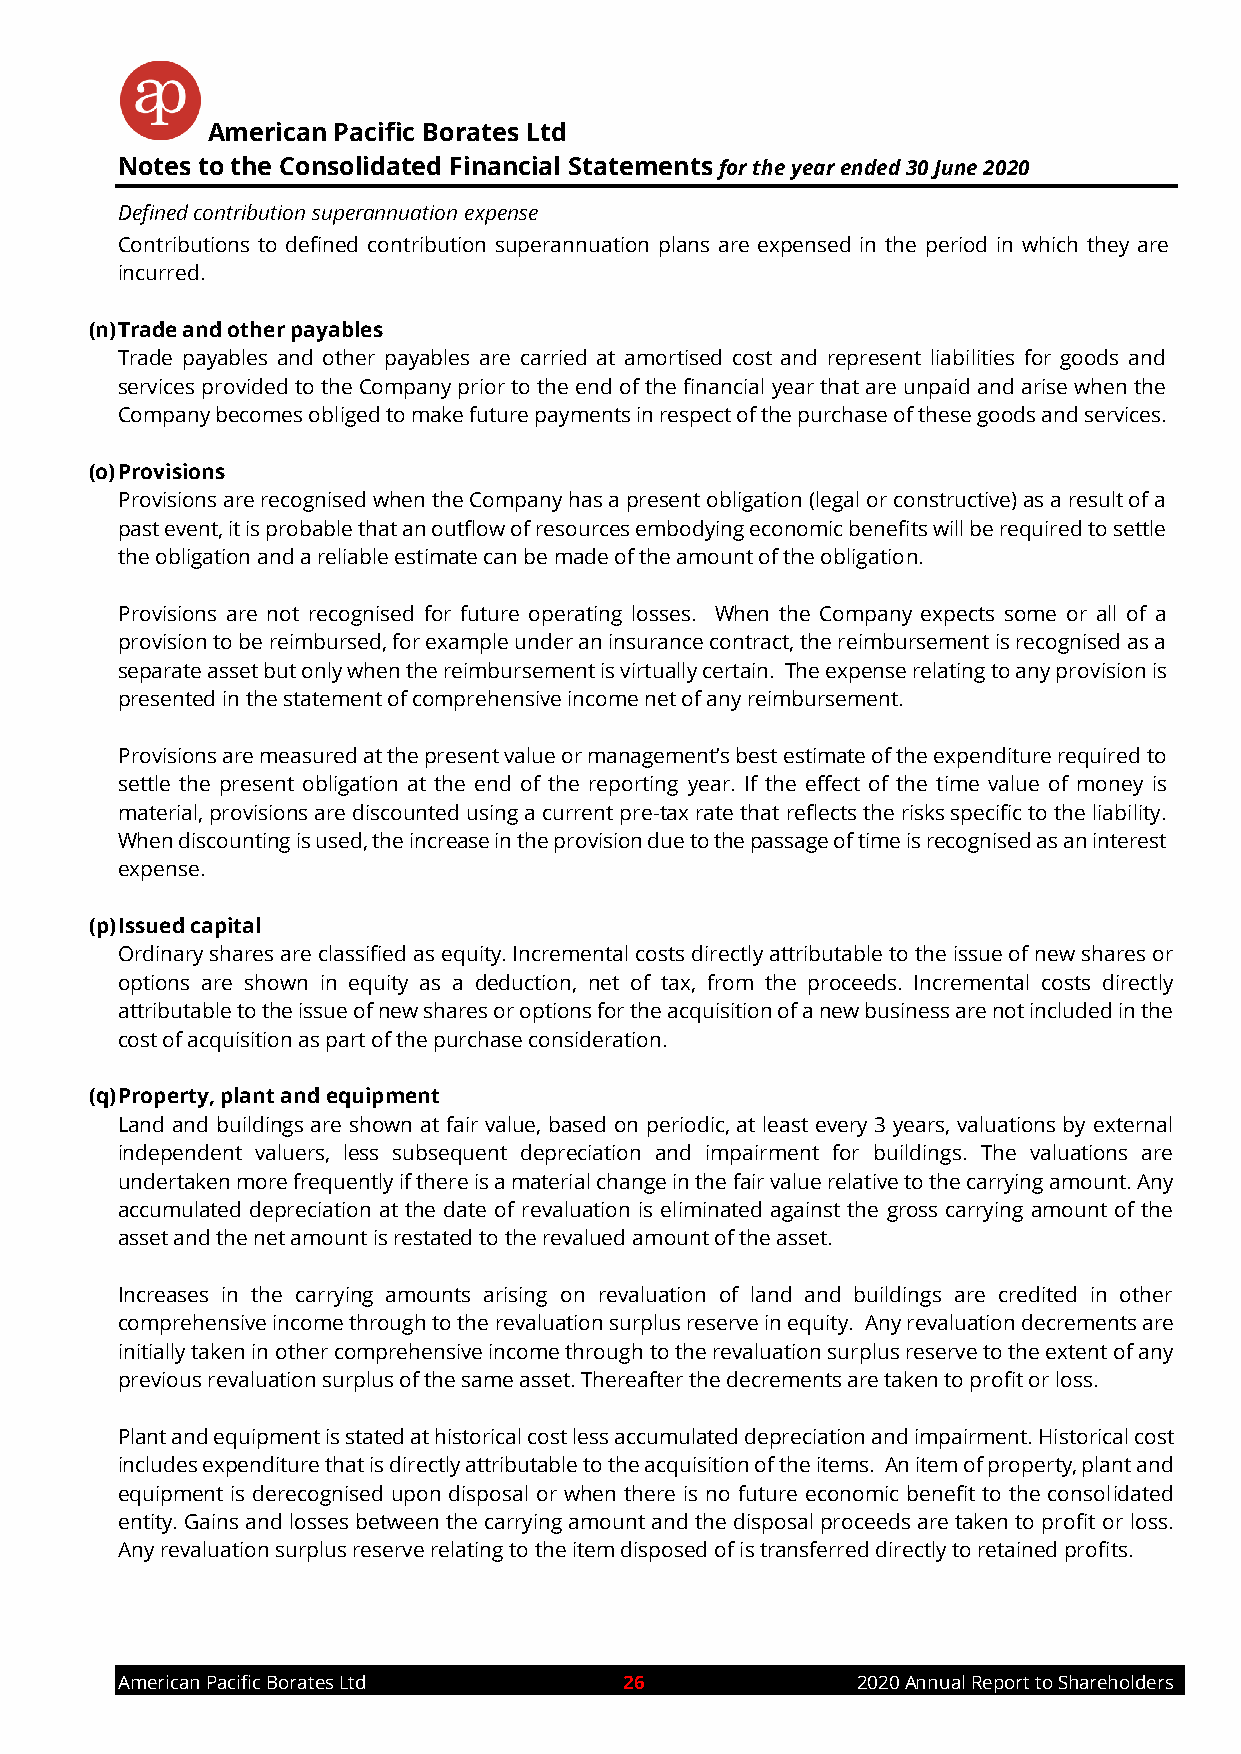
American Pacific Borates Ltd
 Notes to the Consolidated Financial Statements for the year ended 30 June 2020
 Defined contribution superannuation expense
 Contributions to defined contribution superannuation plans are expensed in the period in which they are
 incurred.
 (n) Trade and other payables
 Trade payables and other payables are carried at amortised cost and represent liabilities for goods and
 services provided to the Company prior to the end of the financial year that are unpaid and arise when the
 Company becomes obliged to make future payments in respect of the purchase of these goods and services.
 (o) Provisions
 Provisions are recognised when the Company has a present obligation (legal or constructive) as a result of a
 past event, it is probable that an outflow of resources embodying economic benefits will be required to settle
 the obligation and a reliable estimate can be made of the amount of the obligation.
 Provisions are not recognised for future operating losses. When the Company expects some or all of a
 provision to be reimbursed, for example under an insurance contract, the reimbursement is recognised as a
 separate asset but only when the reimbursement is virtually certain. The expense relating to any provision is
 presented in the statement of comprehensive income net of any reimbursement.
 Provisions are measured at the present value or management’s best estimate of the expenditure required to
 settle the present obligation at the end of the reporting year. If the effect of the time value of money is
 material, provisions are discounted using a current pre-tax rate that reflects the risks specific to the liability.
 When discounting is used, the increase in the provision due to the passage of time is recognised as an interest
 expense.
 (p) Issued capital
 Ordinary shares are classified as equity. Incremental costs directly attributable to the issue of new shares or
 options are shown in equity as a deduction, net of tax, from the proceeds. Incremental costs directly
 attributable to the issue of new shares or options for the acquisition of a new business are not included in the
 cost of acquisition as part of the purchase consideration.
 (q) Property, plant and equipment
 Land and buildings are shown at fair value, based on periodic, at least every 3 years, valuations by external
 independent valuers, less subsequent depreciation and impairment for buildings. The valuations are
 undertaken more frequently if there is a material change in the fair value relative to the carrying amount. Any
 accumulated depreciation at the date of revaluation is eliminated against the gross carrying amount of the
 asset and the net amount is restated to the revalued amount of the asset.
 Increases in the carrying amounts arising on revaluation of land and buildings are credited in other
 comprehensive income through to the revaluation surplus reserve in equity. Any revaluation decrements are
 initially taken in other comprehensive income through to the revaluation surplus reserve to the extent of any
 previous revaluation surplus of the same asset. Thereafter the decrements are taken to profit or loss.
 Plant and equipment is stated at historical cost less accumulated depreciation and impairment. Historical cost
 includes expenditure that is directly attributable to the acquisition of the items. An item of property, plant and
 equipment is derecognised upon disposal or when there is no future economic benefit to the consolidated
 entity. Gains and losses between the carrying amount and the disposal proceeds are taken to profit or loss.
 Any revaluation surplus reserve relating to the item disposed of is transferred directly to retained profits.
 American Pacific Borates Ltd     26              2020 Annual Report to Shareholders